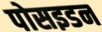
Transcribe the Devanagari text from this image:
पोसइडन